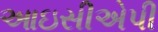
આઇસીએપી